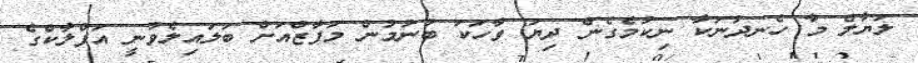
ލަޔާލް މާ ހެނދުނަކާ ނިކުމެގެން ދިޔަ ވާހަކަ ބުނުމުން މަފާޒްއަށް ބަލައިލެވުނީ އަފްލާކްގެ